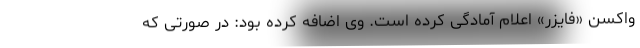
واکسن «فایزر» اعلام آمادگی کرده است. وی اضافه کرده بود: در صورتی که